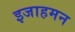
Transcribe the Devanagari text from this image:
इजाहमन